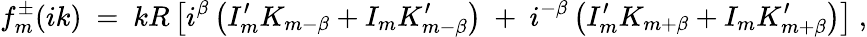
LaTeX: f_{m}^{\pm}(ik)\ =\ kR\left[i^{\beta}\left(I_{m}^{\prime}K_{m-\beta}+I_{m}K_{m-\beta}^{\prime}\right)\ +\ i^{-\beta}\left(I_{m}^{\prime}K_{m+\beta}+I_{m}K_{m+\beta}^{\prime}\right)\right]\ ,